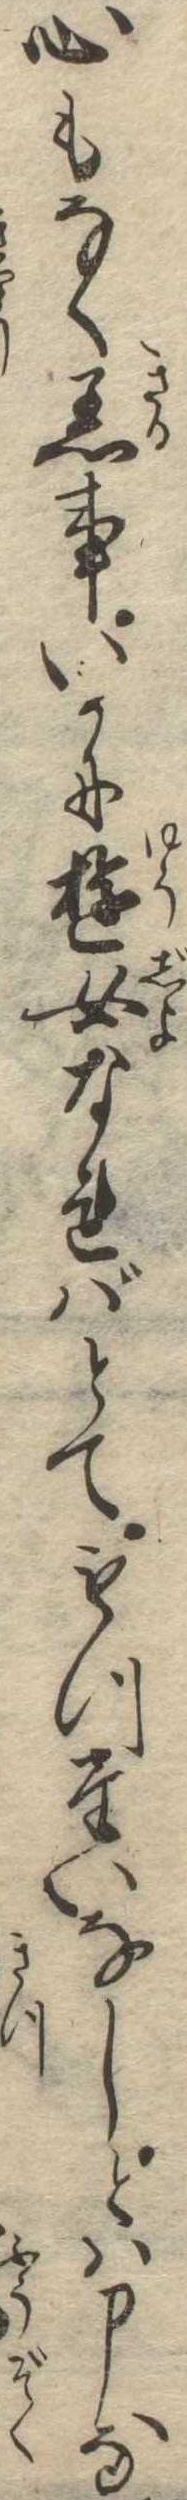
心もなく着事いかに遊女なればとてもつたいなしとは申な